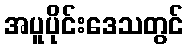
အပူပိုင်းဒေသတွင်